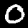
Digit: 0